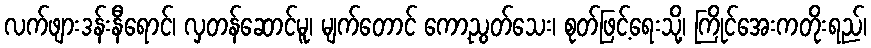
လက်ဖျားဒန်းနီရောင်၊ လှတန်ဆောင်မူ၊ မျက်တောင် ကော့ညွတ်သေး၊ စုတ်ဖြင့်ရေးသို့၊ ကြိုင်အေးကတိုးရည်၊